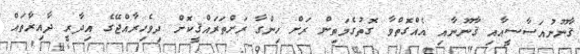
ޤާނޫނުއަސާސީއާއި ޤާނޫނާއި އެއްގޮތްވާ ގޮތުގެމަތިން ރަށް ހިންގާ ރަށްތަރައްޤީކޮށް ދިވެހިރާއްޖޭގެ އިދާރީ ދާއިރާތައް